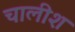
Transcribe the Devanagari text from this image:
चालीश